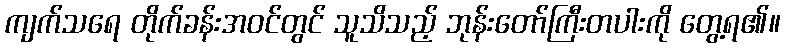
ကျက်သရေ တိုက်ခန်းအဝင်တွင် သူသိသည့် ဘုန်းတော်ကြီးတပါးကို တွေ့ရ၏။